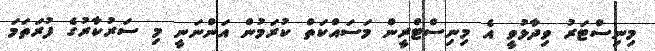
މިނިސްޓަރު ވިދާޅުވީ އެ މިނިސްޓްރީން މަސައްކަތް ކުރަމުން އަންނަނީ މި ސަރުކާރުގެ ފުރަތަމަ